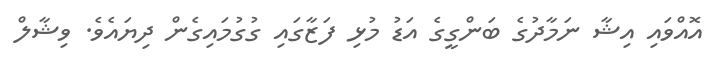
އޮއްވައި އިޝާ ނަމާދުގެ ބަންގީގެ އަޑު މުޅި ފަޒާގައި ގުގުމައިގެން ދިޔައެވެ. ވިޝާލް